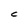
Character: c